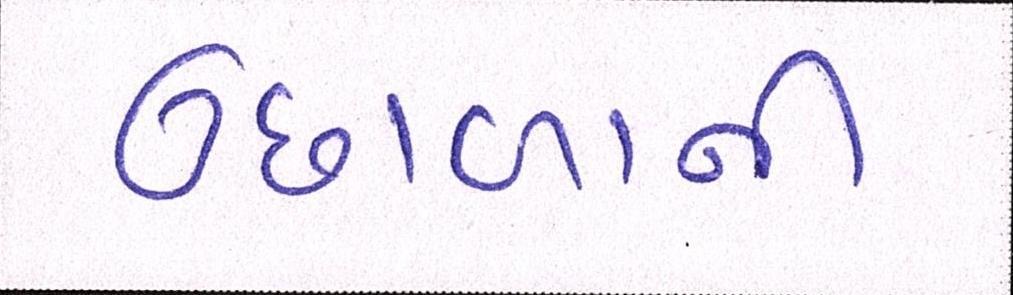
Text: ઉછાળાની